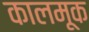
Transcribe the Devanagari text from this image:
कालमूक